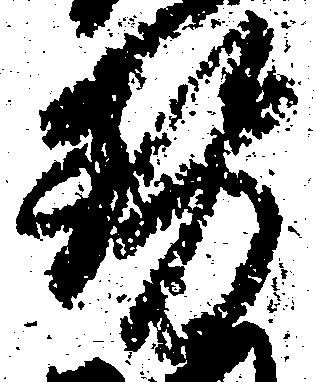
勢